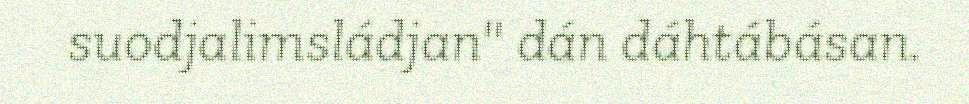
suodjalimsládjan" dán dáhtábásan.